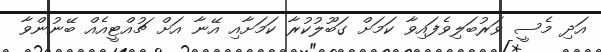
އަދި މެސީ ވަރުބަލިވެފައިވާ ކަމަށް ގަބޫލުކުރާ ކަމަށާއި އޭނާ އަށް ޗުއްޓީއެއް ބޭނުންވާ